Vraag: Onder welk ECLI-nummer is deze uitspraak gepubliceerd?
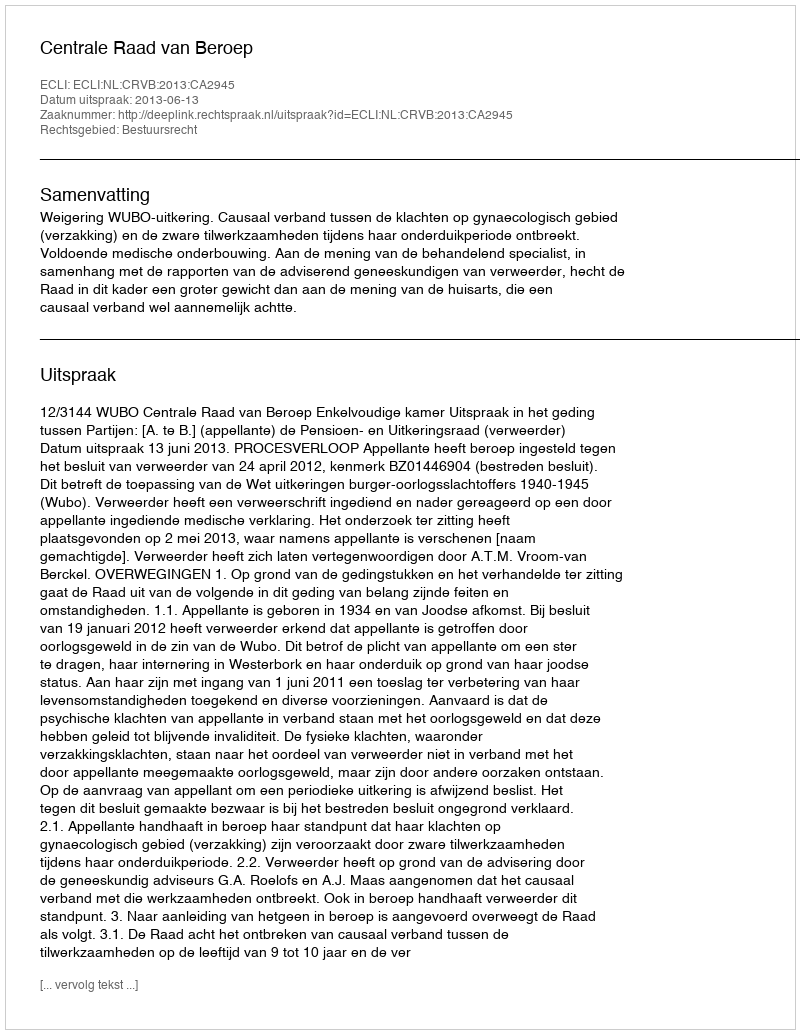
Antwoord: ECLI:NL:CRVB:2013:CA2945